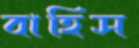
বাহিস